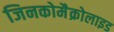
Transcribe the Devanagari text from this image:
जिनकोमैक्रोलाइड